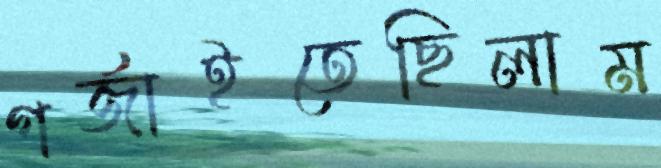
গর্‌জাইতেছিলাম